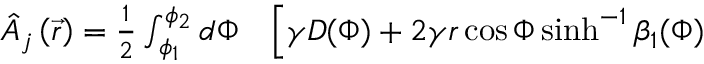
\begin{array} { r l } { \hat { A } _ { j } \left( \vec { r } \right) = \frac { 1 } { 2 } \int _ { \phi _ { 1 } } ^ { \phi _ { 2 } } d \Phi } & { { } \Big [ \gamma D ( \Phi ) + 2 \gamma r \cos { \Phi } \sinh ^ { - 1 } { \beta _ { 1 } ( \Phi ) } } \end{array}